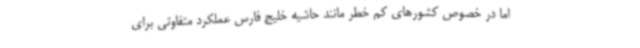
اما در خصوص کشورهای کم خطر مانند حاشیه خلیج فارس عملکرد متفاوتی برای